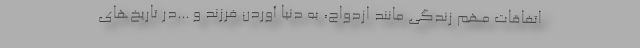
اتفاقات مهم زندگی مانند ازدواج، به دنیا آوردن فرزند و ...در تاریخ‌های